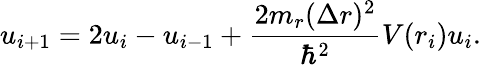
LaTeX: u_{i+1}=2u_{i}-u_{i-1}+\frac{2m_{r}(\Delta r)^{2}}{\hbar^{2}}V(r_{i})u_{i}.